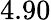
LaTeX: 4.90